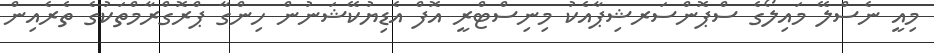
މިއީ ނެސްލޭ މައިލޯގެ ސްޕޮންސަރޝިޕާއެކު މިނިސްޓްރީ އޮފް އެޑިޔުކޭޝަނުން ހިންގާ ޕްރޮގްރާމްތަކުގެ ތެރެއިން